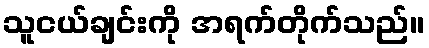
သူငယ်ချင်းကို အရက်တိုက်သည်။